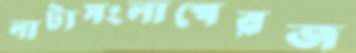
নাট্যসংলাপেরজ